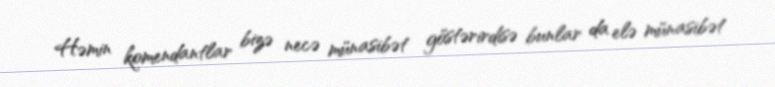
Həmin komendantlar bizə necə münasibət göstərirdisə bunlar da elə münasibət